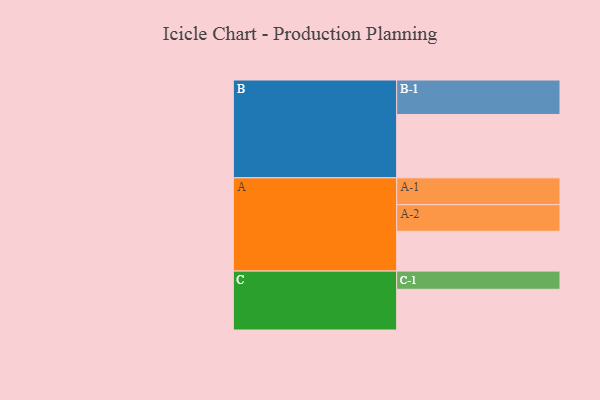
{"axis": {"x": "Segment", "y": "Value"}, "legend": ["", "A", "B", "C"], "data": [{"x": "A", "y": 313, "type": ""}, {"x": "B", "y": 498, "type": ""}, {"x": "C", "y": 320, "type": ""}, {"x": "A-1", "y": 211, "type": "A"}, {"x": "A-2", "y": 209, "type": "A"}, {"x": "B-1", "y": 271, "type": "B"}, {"x": "C-1", "y": 143, "type": "C"}]}